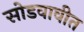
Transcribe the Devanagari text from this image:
सोडवावीत